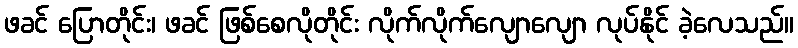
ဖခင် ပြောတိုင်း၊ ဖခင် ဖြစ်စေလိုတိုင်း လိုက်လိုက်လျောလျော လုပ်နိုင် ခဲ့လေသည်။